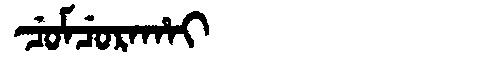
Manchu: ᠴᡠᠮᠴᡠᡵᠠᡥᠠᡳ
Romanization: CUMCURAHAI